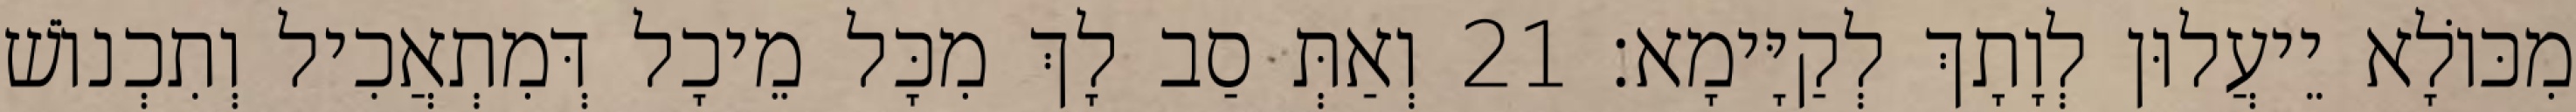
מִכּוֹלָא יֵיעֲלוּן לְוָתָךְ לְקַיָּימָא׃ 21 וְאַתְּ סַב לָךְ מִכָּל מֵיכָל דְּמִתְאֲכִיל וְתִכְנוֹשׁ